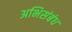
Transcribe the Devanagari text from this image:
अभिसंबंध